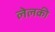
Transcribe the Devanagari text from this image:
लेलकी